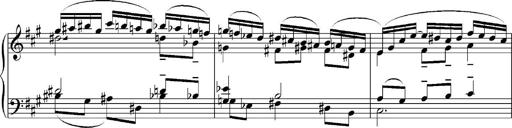
Title: Sonatina No.5
Composer: Otto Stoll
Key: F-sharp minor